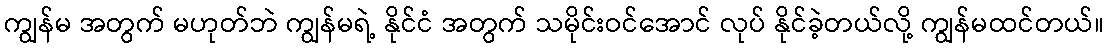
ကျွန်မ အတွက် မဟုတ်ဘဲ ကျွန်မရဲ့ နိုင်ငံ အတွက် သမိုင်းဝင်အောင် လုပ် နိုင်ခဲ့တယ်လို့ ကျွန်မထင်တယ်။